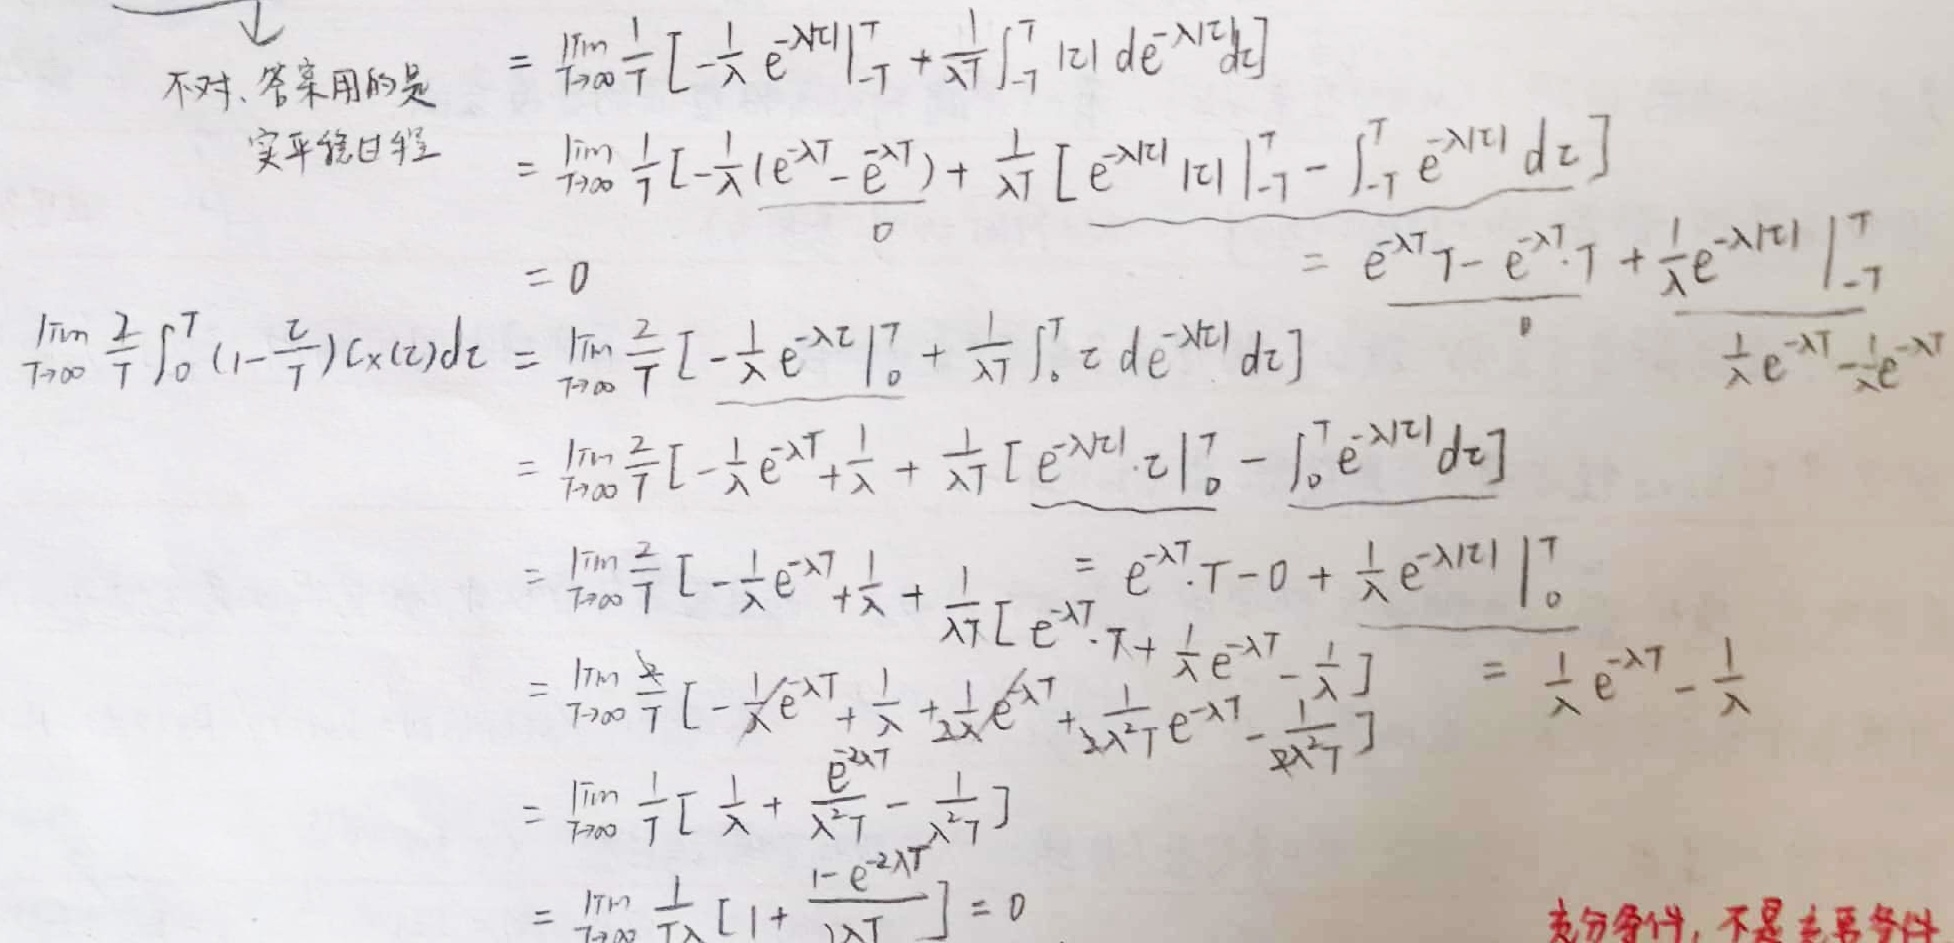
不对. 答案用的是
实平稳过程
\begin{align*}
&=\lim_{T \to \infty} \frac{1}{T} \left[-\frac{1}{\lambda} e^{-\lambda |t|}\big|_{-T}^{T}+\frac{1}{\lambda T} \int_{-T}^{T} |t| d e^{-\lambda |t|} dt\right]\\
&=\lim_{T \to \infty} \frac{1}{T} \left[-\frac{1}{\lambda}(e^{-\lambda T}-e^{\lambda T})+\frac{1}{\lambda T} \left[e^{-\lambda |t|} |t|\big|_{-T}^{T}-\int_{-T}^{T} e^{-\lambda |t|} dt\right]\right]\\
&= 0\\
\lim_{T \to \infty} \frac{2}{T} \int_{0}^{T} \left(1 - \frac{t}{T}\right) C_X(t) dt&=\lim_{T \to \infty} \frac{2}{T} \left[-\frac{1}{\lambda} e^{-\lambda t}\big|_{0}^{T}+\frac{1}{\lambda T} \int_{0}^{T} t d e^{-\lambda t} dt\right]\\
&=\lim_{T \to \infty} \frac{2}{T} \left[-\frac{1}{\lambda} e^{-\lambda T}+\frac{1}{\lambda}+\frac{1}{\lambda T} \left[e^{-\lambda t} \cdot t\big|_{0}^{T}-\int_{0}^{T} e^{-\lambda t} dt\right]\right]\\
&=\lim_{T \to \infty} \frac{2}{T} \left[-\frac{1}{\lambda} e^{-\lambda T}+\frac{1}{\lambda}+\frac{1}{\lambda T} \left[e^{-\lambda T} \cdot T - 0+\frac{1}{\lambda} e^{-\lambda t}\big|_{0}^{T}\right]\right]\\
&=\lim_{T \to \infty} \frac{2}{T} \left[-\frac{1}{\lambda} e^{-\lambda T}+\frac{1}{\lambda}+\frac{1}{\lambda} e^{-\lambda T}+\frac{1}{2\lambda^2 T} e^{-\lambda T}-\frac{1}{2\lambda^2 T}\right]=\frac{1}{\lambda} e^{-\lambda T}-\frac{1}{\lambda}\\
&=\lim_{T \to \infty} \frac{1}{T} \left[\frac{1}{\lambda}+\frac{e^{2\lambda T}}{\lambda^2 T}-\frac{1}{\lambda^2 T}\right]\\
&=\lim_{T \to \infty} \frac{1}{T} \left[1+\frac{1 - e^{-2\lambda T}}{2\lambda T}\right]=0
\end{align*}
充分条件，不是必要条件